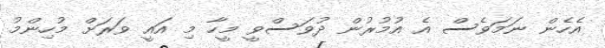
އެހެން ނަމަވެސް އެ އުމުރުން ދުވަސްވީ މީހާ މި އައީ ވަރަށް މުހިންމު